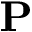
\mathbf { P }